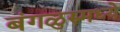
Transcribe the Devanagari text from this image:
बंगळुरुमध्ये